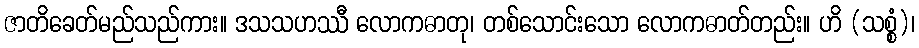
ဇာတိခေတ်မည်သည်ကား။ ဒသသဟဿီ လောကဓာတု၊ တစ်သောင်းသော လောကဓာတ်တည်း။ ဟိ (သစ္စံ)၊